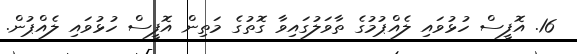
16. އޮފީސް ހުޅުވައި ލެއްޕުމުގެ ތާވަލުގައިވާ ގޮތުގެ މަތިން އޮފީސް ހުޅުވައި ލެއްޕުން.